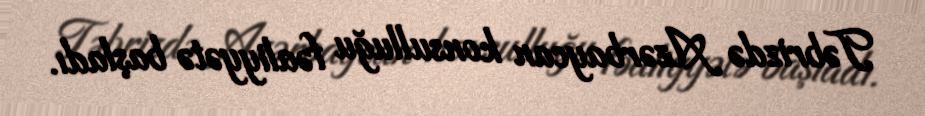
Təbrizdə Azərbaycan konsulluğu fəaliyyətə başladı.